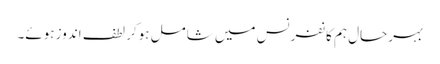
بہرحال ہم کانفرنس میں شامل ہوکر لطف اندوز ہوئے۔